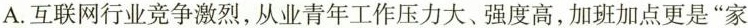
A.互联网行业竞争激烈，从业青年工作压力大、强度高，加班加点更是”家